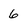
Character: 6